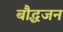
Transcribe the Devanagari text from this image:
बौद्धजन